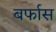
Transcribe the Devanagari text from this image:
बर्फास